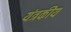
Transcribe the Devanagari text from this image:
यंत्रकीय